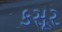
કસૂર